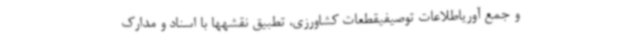
و جمع آوریاطلاعات توصیفیقطعات کشاورزی، تطبیق نقشهها با اسناد و مدارک